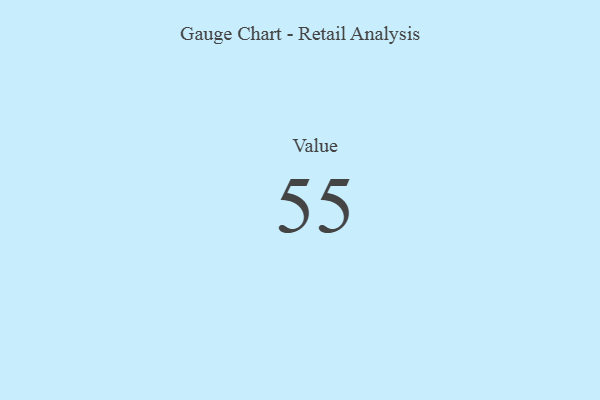
{"axis": {"x": "Metric", "y": "Value"}, "legend": [""], "data": [{"x": "Value", "y": 55, "type": ""}]}